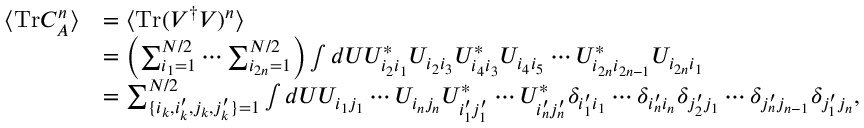
\begin{array} { r l } { \langle \mathrm { T r } C _ { A } ^ { n } \rangle } & { = \langle \mathrm { T r } ( V ^ { \dagger } V ) ^ { n } \rangle } \\ & { = \left( \sum _ { i _ { 1 } = 1 } ^ { N / 2 } \cdots \sum _ { i _ { 2 n } = 1 } ^ { N / 2 } \right) \int d U U _ { i _ { 2 } i _ { 1 } } ^ { * } U _ { i _ { 2 } i _ { 3 } } U _ { i _ { 4 } i _ { 3 } } ^ { * } U _ { i _ { 4 } i _ { 5 } } \cdots U _ { i _ { 2 n } i _ { 2 n - 1 } } ^ { * } U _ { i _ { 2 n } i _ { 1 } } } \\ & { = \sum _ { \{ i _ { k } , i _ { k } ^ { \prime } , j _ { k } , j _ { k } ^ { \prime } \} = 1 } ^ { N / 2 } \int d U U _ { i _ { 1 } j _ { 1 } } \cdots U _ { i _ { n } j _ { n } } U _ { i _ { 1 } ^ { \prime } j _ { 1 } ^ { \prime } } ^ { * } \cdots U _ { i _ { n } ^ { \prime } j _ { n } ^ { \prime } } ^ { * } \delta _ { i _ { 1 } ^ { \prime } i _ { 1 } } \cdots \delta _ { i _ { n } ^ { \prime } i _ { n } } \delta _ { j _ { 2 } ^ { \prime } j _ { 1 } } \cdots \delta _ { j _ { n } ^ { \prime } j _ { n - 1 } } \delta _ { j _ { 1 } ^ { \prime } j _ { n } } , } \end{array}